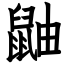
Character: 鼬